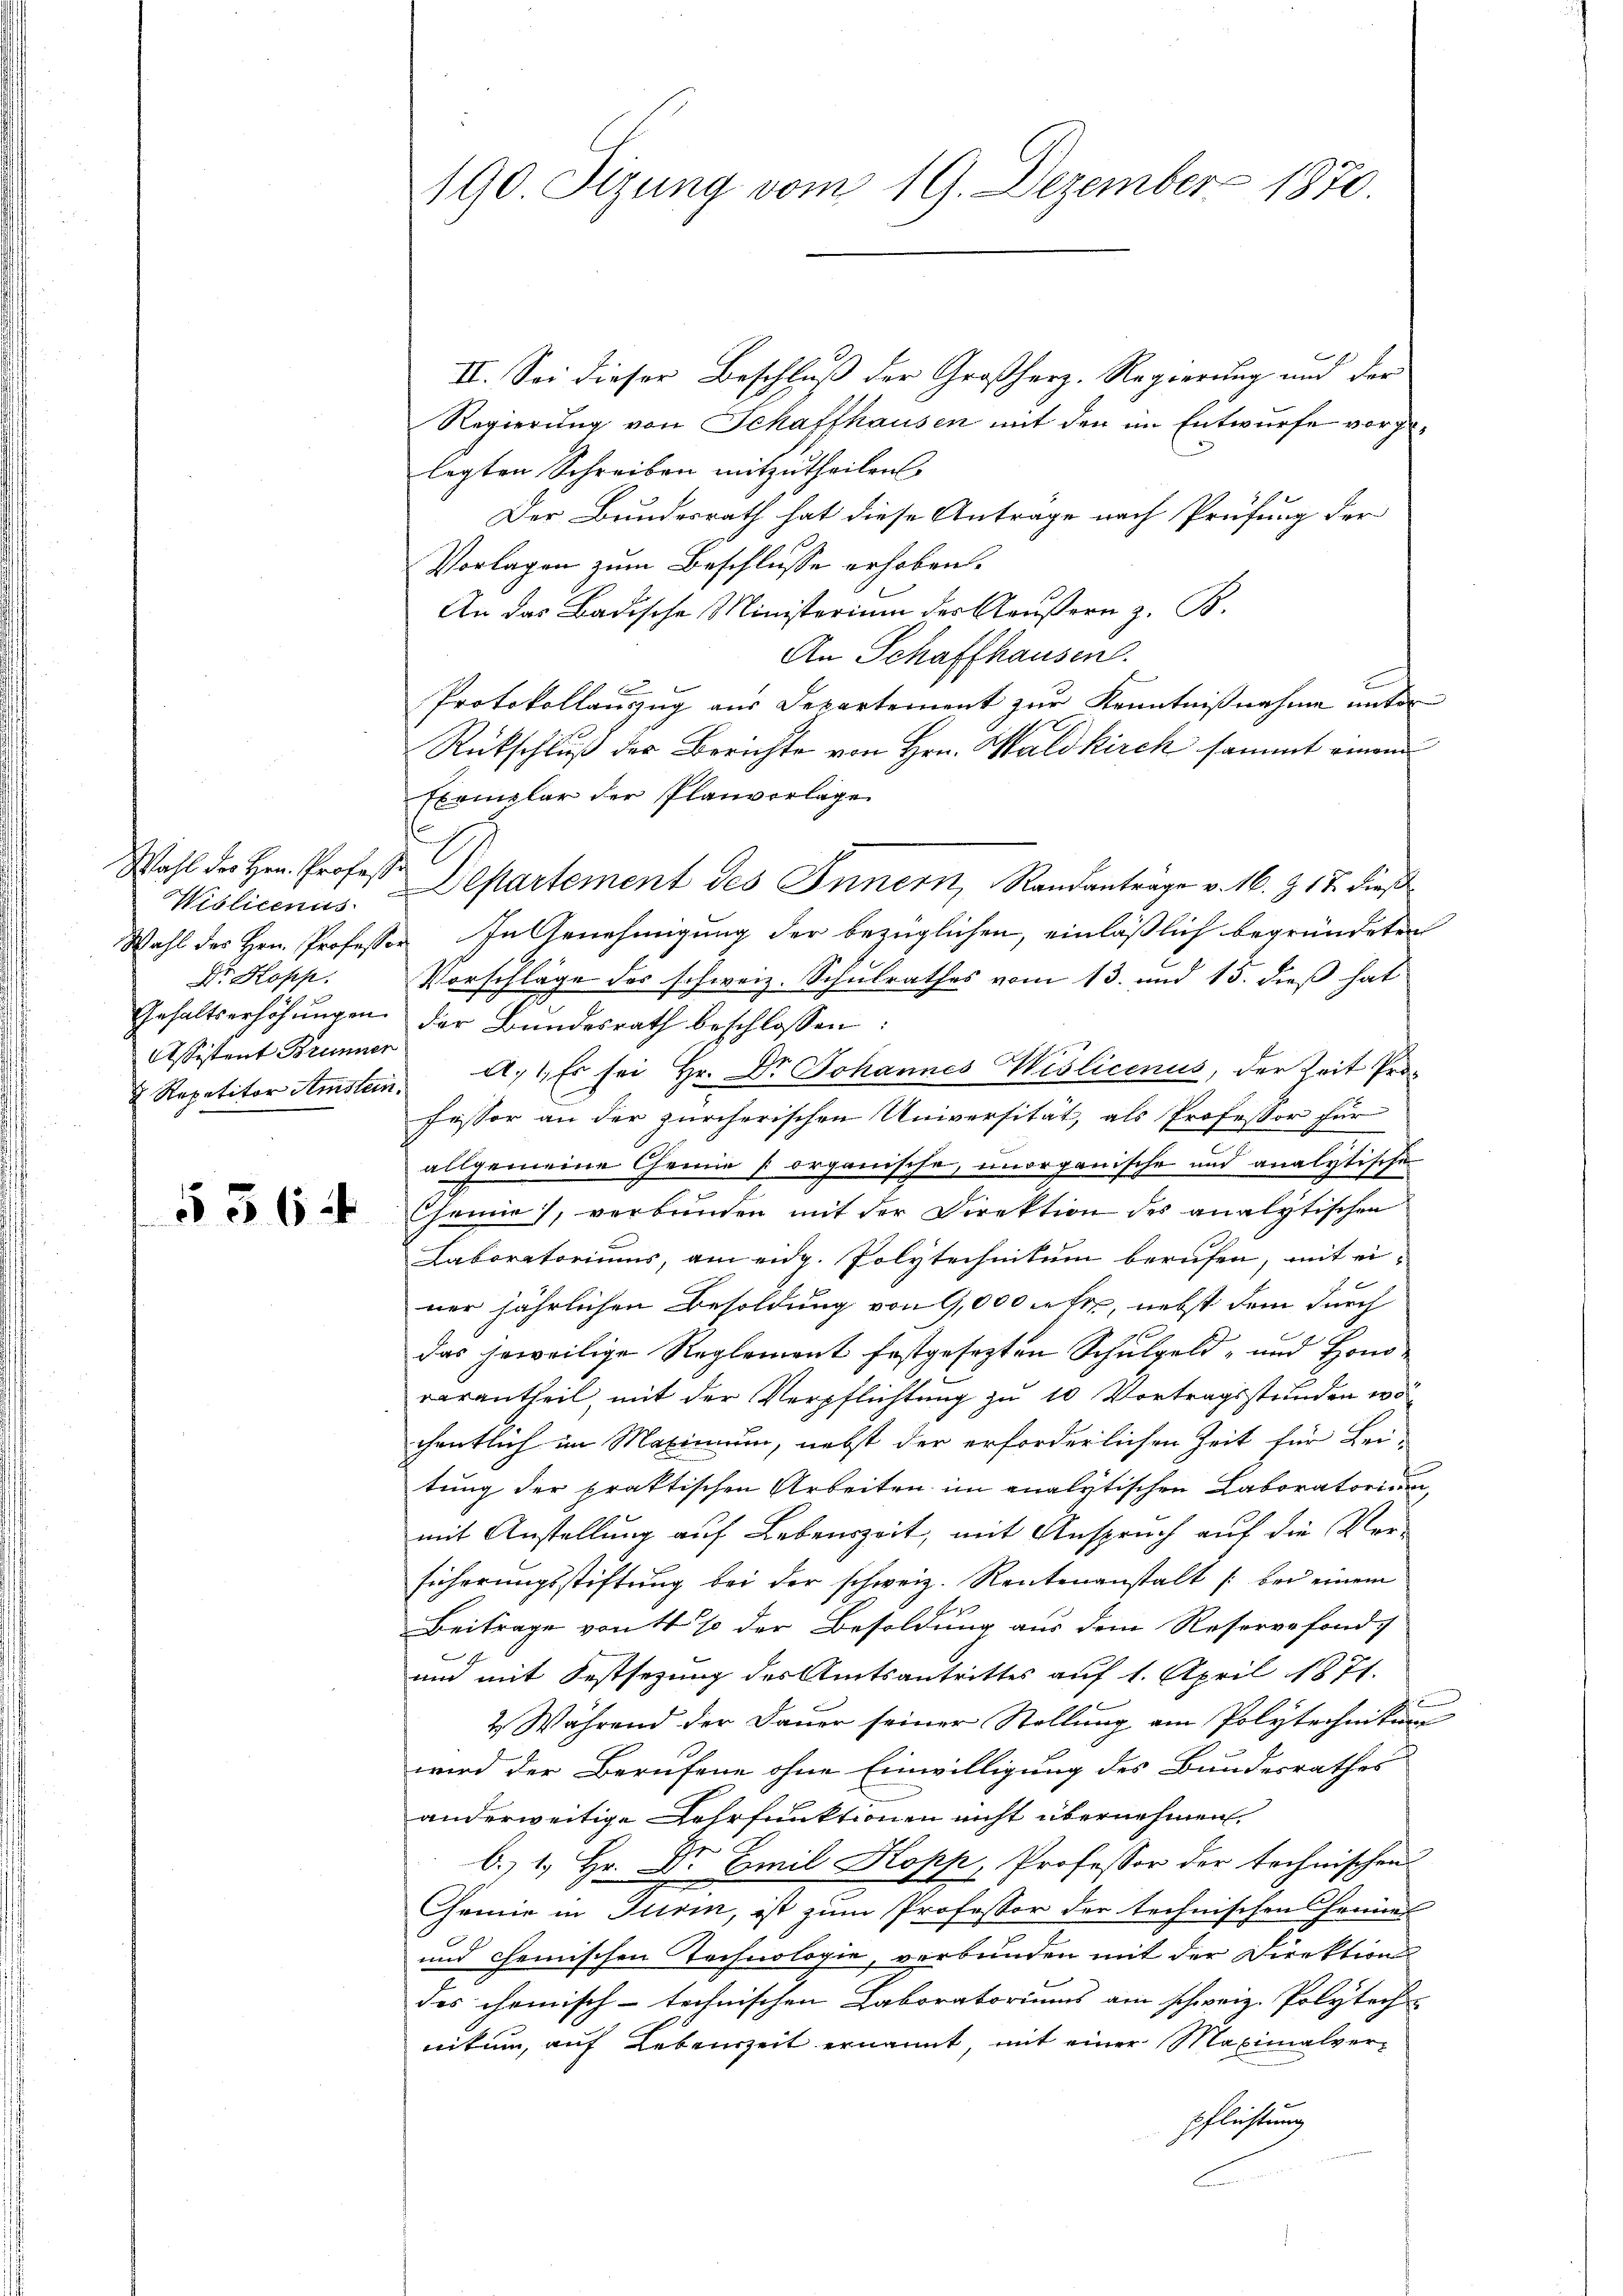
Wahl der Hern. Professor
Dr. Kopp
Gehaltserhöhungen.
Assistent Brunner
 Repetitor Amstein.

§ 564

190. Sizung vom 19. Dezember 1870.

II. Sei dieser Beschluß der Großherz. Regierung und der
Regierung von Schaffhausen mit den im Entwurfe vorgelegten Schreiben mitzutheilen.
Der Bundesrath hat diese Antrage nach Prüfung der
Vorlagen zum Beschlusse erhoben.
An das Badische Ministerium der Aeußern z. B.
An Schaffhausen.
Protokollauszug aus Departement zur Kenntnißnahme unter
Rückschluß der Berichte von Hrn. Waldkirch sammt einem
Exemplar der Planvorlage
Violiceniis. Departement des Innern, Randanträge v. 16. Z. 17. dieß
Wahl des Hrn. Professor. In Genehmigung der bezüglichen, einläßlich begründeten
Vorschläge des schweiz. Schulrathes vom 13. und 15. dieß hat
der Bundesrath beschlossen:
A. 1. Es sei Hr. Dr Johannes Wislicenus, der Zeit Professor an der zürcherischen Universität, als Professor für
allgemeine Chemie organische, unorganische und analytische
Hainie), verbunden mit der Direktion des analytischen
Laboratoriums, am eidg. Polytechnikum berufen, mit ei-
ner jährlichen Besoldung von 9,000 Fehr, nebst dem durch
das jeweilige Reglement festgesezten Schulgeld- und Honoverantheil, mit der Verpflichtung zu 10 Vortragsstunden wächentlich im Maximum, nebst der erforderlichen Zeit für Bei-
tung der praktischen Arbeiten im analytischen Laboratorium,
mit Anstellung auf Lebenszeit, mit Anspruch auf die Verführungsstiftung bei der schweiz. Rentenanstalt /: bei einem
Beitrage von 4 % der Besoldung aus dem Resorge fonds
und mit Festsezung des Amtsantrittes auf 1. April 1871.
2. Während der Dauer seiner Stellung am Polytechnikum
wird der Berufene ohne Einwilligung des Bundesrathes
anderweitige Lehrfunktionen nicht übernehmen.
C. 1. Hr. Dr. Emil Kopp, Professor der technischen
Chemie in Turin, ist zum Professor der technischen Cheines
und chemischen Technologie, verbunden mit der Direktion
des chemisch-technischen Laboratoriums am schweiz. Polytech
nitum, auf Lebenszeit ernannt, mit einer Maximalverpflichtung